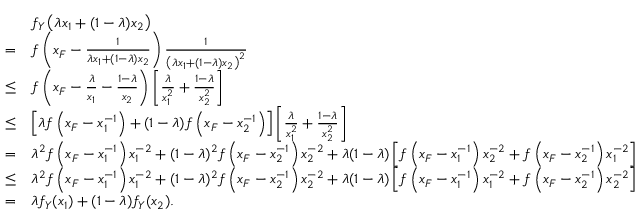
\begin{array} { r l } & { f _ { Y } \left( \lambda x _ { 1 } + ( 1 - \lambda ) x _ { 2 } \right) } \\ { = } & { f \left( x _ { F } - \frac { 1 } { \lambda x _ { 1 } + ( 1 - \lambda ) x _ { 2 } } \right) \frac { 1 } { \left( \lambda x _ { 1 } + ( 1 - \lambda ) x _ { 2 } \right) ^ { 2 } } } \\ { \leq } & { f \left( x _ { F } - \frac { \lambda } { x _ { 1 } } - \frac { 1 - \lambda } { x _ { 2 } } \right) \left[ \frac { \lambda } { x _ { 1 } ^ { 2 } } + \frac { 1 - \lambda } { x _ { 2 } ^ { 2 } } \right] } \\ { \leq } & { \left[ \lambda f \left( x _ { F } - x _ { 1 } ^ { - 1 } \right) + ( 1 - \lambda ) f \left( x _ { F } - x _ { 2 } ^ { - 1 } \right) \right] \left[ \frac { \lambda } { x _ { 1 } ^ { 2 } } + \frac { 1 - \lambda } { x _ { 2 } ^ { 2 } } \right] } \\ { = } & { \lambda ^ { 2 } f \left( x _ { F } - x _ { 1 } ^ { - 1 } \right) x _ { 1 } ^ { - 2 } + ( 1 - \lambda ) ^ { 2 } f \left( x _ { F } - x _ { 2 } ^ { - 1 } \right) x _ { 2 } ^ { - 2 } + \lambda ( 1 - \lambda ) \left[ f \left( x _ { F } - x _ { 1 } ^ { - 1 } \right) x _ { 2 } ^ { - 2 } + f \left( x _ { F } - x _ { 2 } ^ { - 1 } \right) x _ { 1 } ^ { - 2 } \right] } \\ { \leq } & { \lambda ^ { 2 } f \left( x _ { F } - x _ { 1 } ^ { - 1 } \right) x _ { 1 } ^ { - 2 } + ( 1 - \lambda ) ^ { 2 } f \left( x _ { F } - x _ { 2 } ^ { - 1 } \right) x _ { 2 } ^ { - 2 } + \lambda ( 1 - \lambda ) \left[ f \left( x _ { F } - x _ { 1 } ^ { - 1 } \right) x _ { 1 } ^ { - 2 } + f \left( x _ { F } - x _ { 2 } ^ { - 1 } \right) x _ { 2 } ^ { - 2 } \right] } \\ { = } & { \lambda f _ { Y } ( x _ { 1 } ) + ( 1 - \lambda ) f _ { Y } ( x _ { 2 } ) . } \end{array}